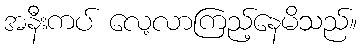
အနီးကပ် လေ့လာကြည့်နေမိသည်။